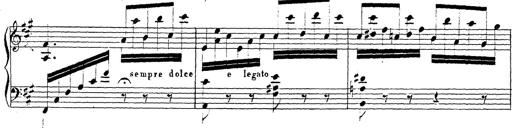
Title: Chanson bohÃ©mienne
Composer: Franz Liszt